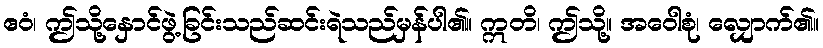
ဧဝံ၊ ဤသို့နှောင်ဖွဲ့ခြင်းသည်ဆင်းရဲသည်မှန်ပါ၏။ ဣတိ၊ ဤသို့။ အဝေါစုံ၊ လျှောက်၏။